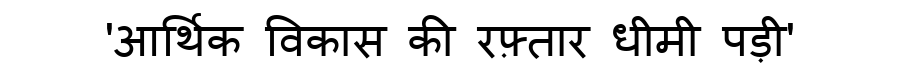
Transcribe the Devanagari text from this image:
'आर्थिक विकास की रफ़्तार धीमी पड़ी'